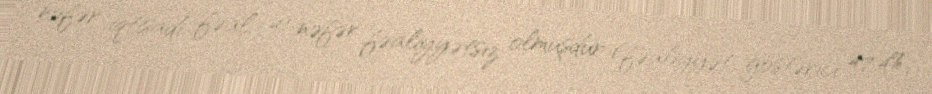
nəfər iqtisadi fəal, 41 nəfər fəaliyyətsiz olmuşdur (fəaliyyət göstərici 47,4%,